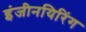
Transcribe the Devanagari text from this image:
इंजीनयिरिंग